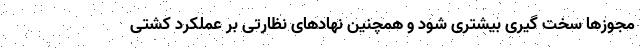
مجوزها سخت گیری بیشتری شود و همچنین نهادهای نظارتی بر عملکرد کشتی